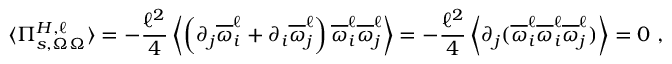
\langle \Pi _ { s , \Omega \Omega } ^ { H , \ell } \rangle = - \frac { \ell ^ { 2 } } { 4 } \left\langle \left( \partial _ { j } \overline { { \omega } } _ { i } ^ { \ell } + \partial _ { i } \overline { { \omega } } _ { j } ^ { \ell } \right) \overline { { \omega } } _ { i } ^ { \ell } \overline { { \omega } } _ { j } ^ { \ell } \right\rangle = - \frac { \ell ^ { 2 } } { 4 } \left\langle \partial _ { j } ( \overline { { \omega } } _ { i } ^ { \ell } \overline { { \omega } } _ { i } ^ { \ell } \overline { { \omega } } _ { j } ^ { \ell } ) \right\rangle = 0 \ ,